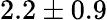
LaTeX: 2.2\pm 0.9